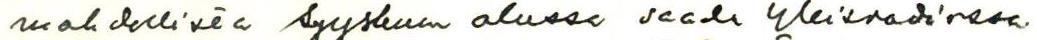
mahdollista syyskuun alussa saada Yleisradiossa.